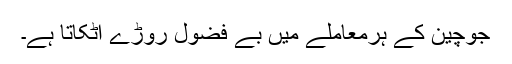
جوچین کے ہرمعاملے میں بے فضول روڑے اٹکاتا ہے۔